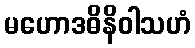
မဟောဒဓိနိဝါသဟံ